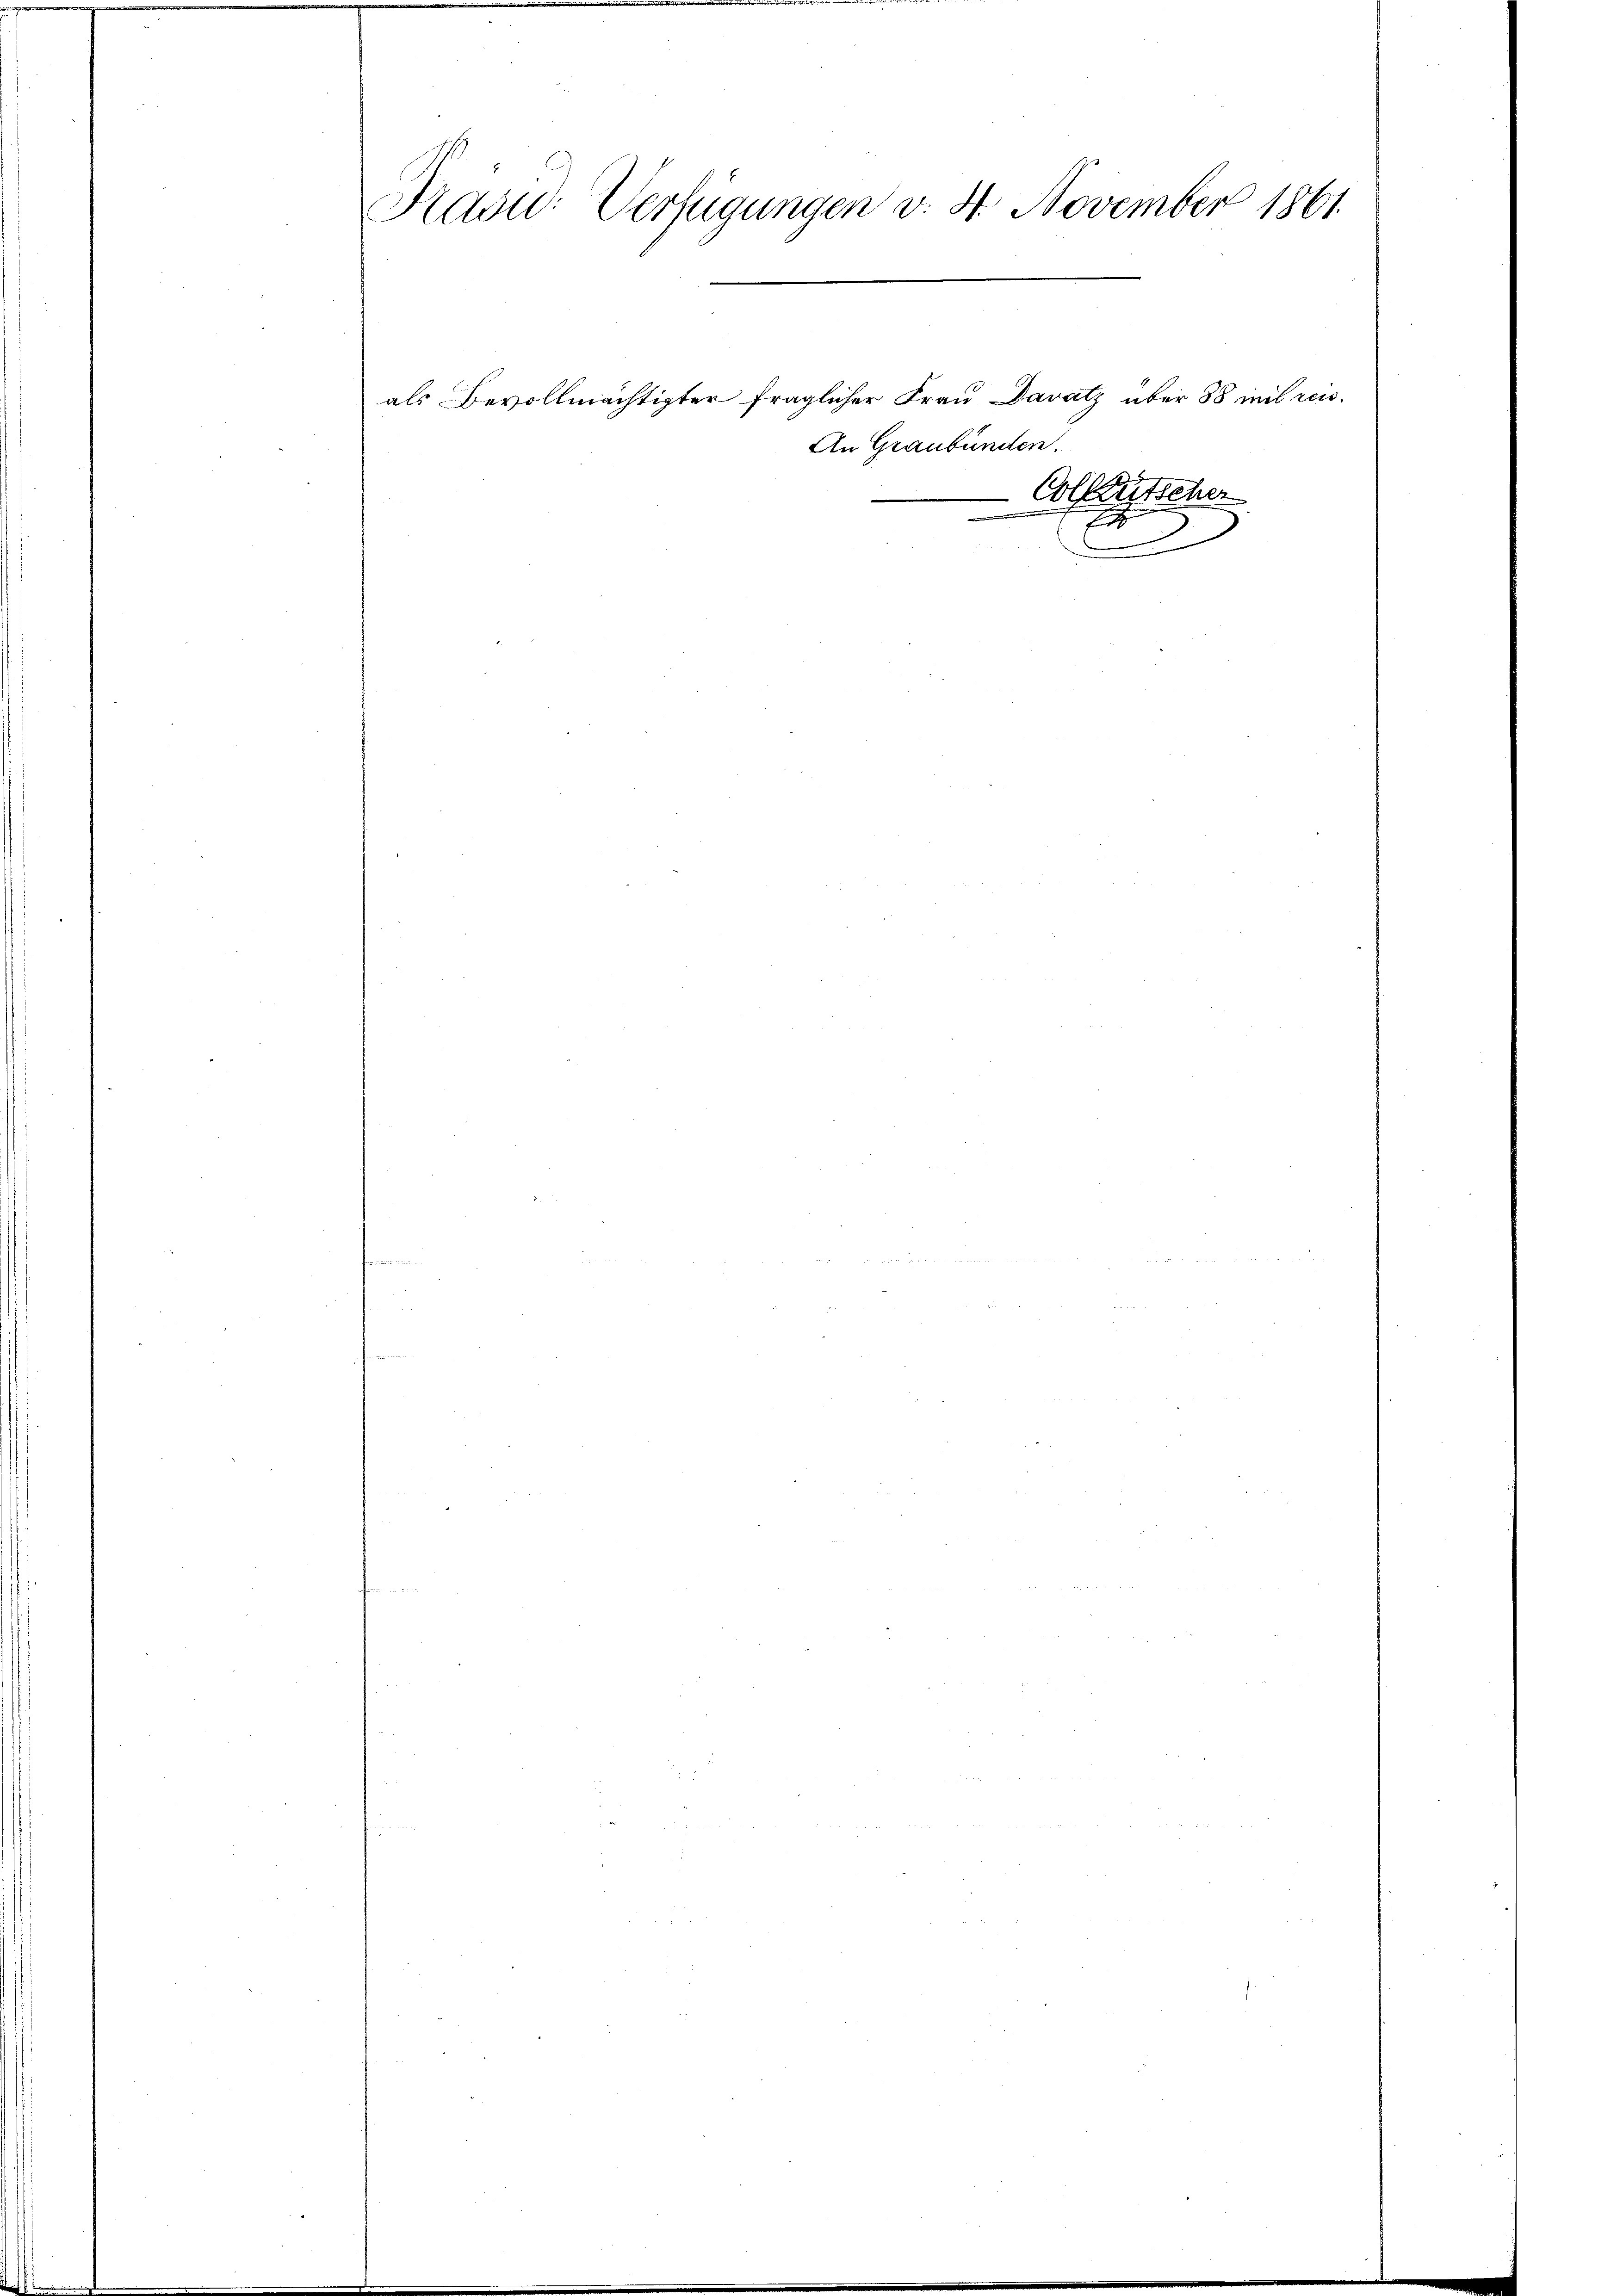
Präsid. Verfügungen v. 4. November 1861
als Bevollmächtigter fraglicher Frau Davatz über 88 mit reis¬

An Graubünden.
Colleutscher
E

2